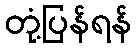
တုံ့ပြန်ရန်